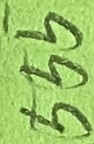
Text: 555